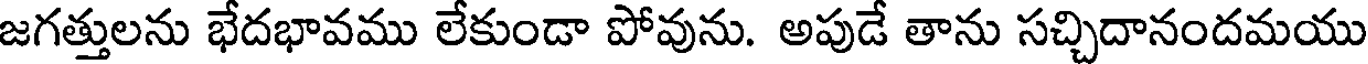
జగత్తులను భేదభావము లేకుండా పోవును. అపుడే తాను సచ్చిదానందమయు